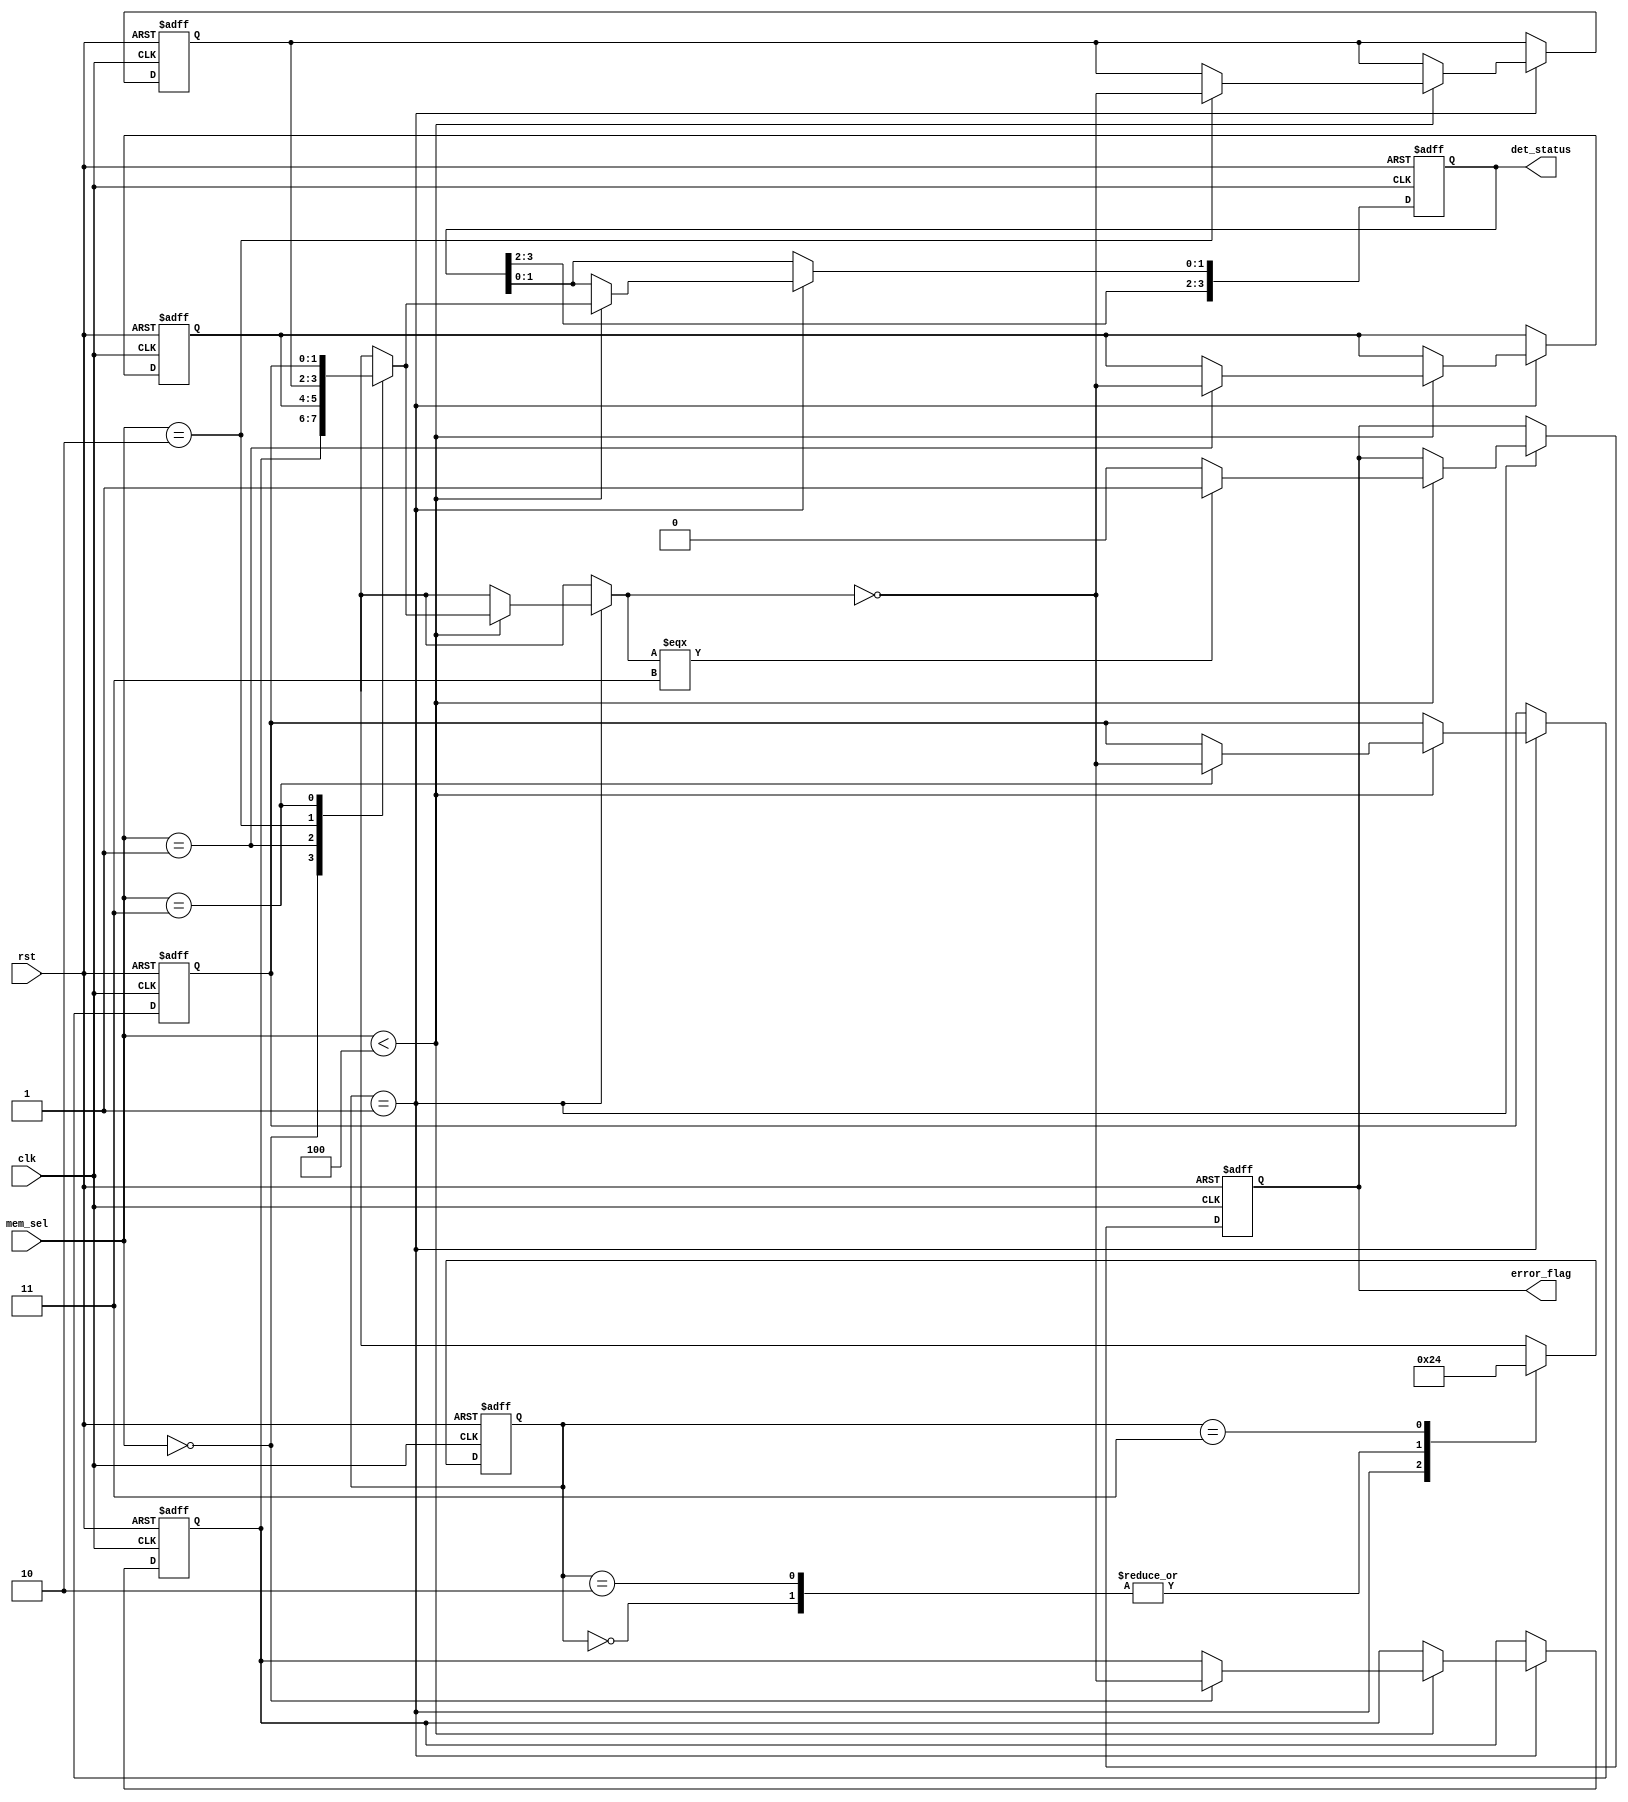
module flip_flop_detector (
    input wire clk,
    input wire rst,
    input wire [1:0] mem_sel,  // Assumes a maximum of 4 memory blocks (2 bits)
    output reg [3:0] det_status, // Detect status: each bit represents a flip-flop state
    output reg error_flag // Error indicator
);

// Parameters for number of memory blocks and flip-flops
parameter NUM_MEMORY_BLOCKS = 4;
parameter FLIP_FLOPS_PER_BLOCK = 2;

// Internal registers for memory blocks status
reg [FLIP_FLOPS_PER_BLOCK-1:0] mem_block_status [0:NUM_MEMORY_BLOCKS-1];

// Control Logic FSM States
parameter INIT = 2'b00, DETECT = 2'b01, REPORT = 2'b10, ERROR = 2'b11;
reg [1:0] state, next_state;

// State Logic
always @(posedge clk or posedge rst) begin
    if (rst) begin
        state <= INIT;
    end else begin
        state <= next_state;
    end
end

// Next State Logic
always @(*) begin
    case (state)
        INIT: next_state = DETECT;
        DETECT: next_state = REPORT;
        REPORT: next_state = DETECT; // Loop back to detection
        ERROR: next_state = INIT; // Reset on error
        default: next_state = INIT;
    endcase
end

// Flip-Flop Detection Logic
integer i;
always @(posedge clk or posedge rst) begin
    if (rst) begin
        // Initialize on reset
        det_status <= 4'b0000;
        error_flag <= 1'b0;
        for (i = 0; i < NUM_MEMORY_BLOCKS; i = i + 1)
            mem_block_status[i] <= {FLIP_FLOPS_PER_BLOCK{1'b0}};
    end else begin
        case (state)
            DETECT: begin
                // Detection process
                if (mem_sel < NUM_MEMORY_BLOCKS) begin
                    // Simple detection logic (example: toggle)
                    mem_block_status[mem_sel] <= ~mem_block_status[mem_sel];
                    
                    // Update detected status
                    det_status <= {det_status[3:2], mem_block_status[mem_sel]};
                    
                    // Check for errors (example condition for demonstration)
                    if (mem_block_status[mem_sel] === 2'b11) 
                        error_flag <= 1'b1;
                    else
                        error_flag <= 1'b0;
                end
            end
            REPORT: begin
                // Reporting status can be extended for more functions
                // Currently, this would be where you'd output `det_status` and `error_flag`
            end
            default: ; // No operation
        endcase
    end
end

endmodule